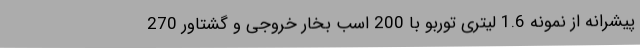
پیشرانه از نمونه 1.6 لیتری توربو با 200 اسب بخار خروجی و گشتاور 270